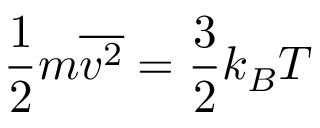
\displaystyle { \frac { 1 } { 2 } } m { \overline { { v ^ { 2 } } } } = { \frac { 3 } { 2 } } k _ { B } T